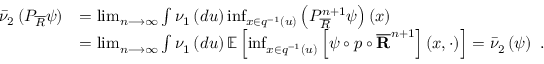
\begin{array} { r l } { \bar { \nu } _ { 2 } \left( P _ { \overline { { R } } } \psi \right) } & { = \operatorname* { l i m } _ { n \longrightarrow \infty } \int \nu _ { 1 } \left( d u \right) \operatorname* { i n f } _ { x \in q ^ { - 1 } \left( u \right) } \left( P _ { \overline { { R } } } ^ { n + 1 } \psi \right) \left( x \right) } \\ & { = \operatorname* { l i m } _ { n \longrightarrow \infty } \int \nu _ { 1 } \left( d u \right) \mathbb { E } \left[ \operatorname* { i n f } _ { x \in q ^ { - 1 } \left( u \right) } \left[ \psi \circ p \circ \overline { { \mathbf { R } } } ^ { n + 1 } \right] \left( x , \cdot \right) \right] = \bar { \nu } _ { 2 } \left( \psi \right) \ . } \end{array}